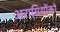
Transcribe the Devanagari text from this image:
अरामियोंको